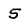
Character: 5